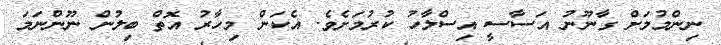
ނިންމުމަށް ގާނޫނު އަސާސީ އިސްލާހު ކުރުމަށެވެ. އެކަން މިހާރު އޮތް ބިލުން ނޫންނަމަ